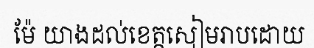
ម៉ែ យាងដល់ខេត្តសៀមរាបដោយ